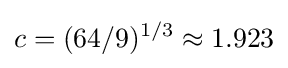
c=(64/9)^{1/3}\approx 1.923